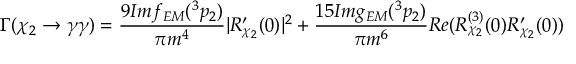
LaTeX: \Gamma ( \chi _ { 2 } \rightarrow \gamma \gamma ) = \frac { 9 I m f _ { E M } ( ^ { 3 } p _ { 2 } ) } { \pi m ^ { 4 } } | R _ { \chi _ { 2 } } ^ { \prime } ( 0 ) | ^ { 2 } + \frac { 1 5 I m g _ { E M } ( ^ { 3 } p _ { 2 } ) } { \pi m ^ { 6 } } R e ( R _ { \chi _ { 2 } } ^ { ( 3 ) } ( 0 ) R _ { \chi _ { 2 } } ^ { \prime } ( 0 ) )